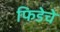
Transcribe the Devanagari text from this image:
फिडेचे